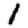
Digit: 1